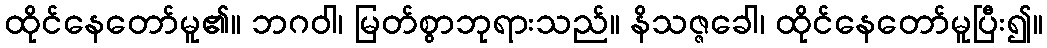
ထိုင်နေတော်မူ၏။ ဘဂဝါ၊ မြတ်စွာဘုရားသည်။ နိသဇ္ဇခေါ၊ ထိုင်နေတော်မူပြီး၍။